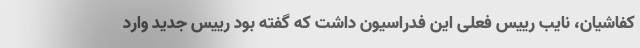
کفاشیان، نایب رییس فعلی این فدراسیون داشت که گفته بود رییس جدید وارد